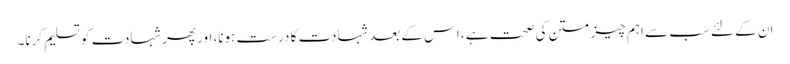
ان کے لئے سب سے اہم چیز متن کی صحت ہے ، اس کے بعد شہادت کا درست ہونا، اور پھر شہادت کو تسلیم کرنا۔